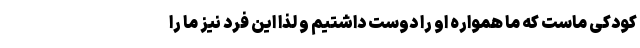
کودکی ماست که ما همواره او را دوست داشتیم و لذا این فرد نیز ما را